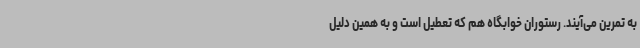
به تمرین می‌آیند. رستوران خوابگاه هم که تعطیل است و به همین دلیل